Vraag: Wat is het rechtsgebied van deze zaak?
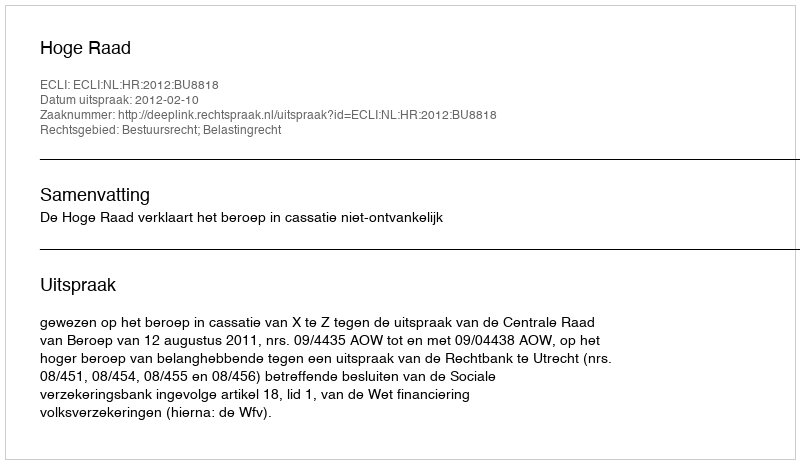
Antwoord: Bestuursrecht; Belastingrecht